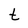
Character: t